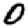
Digit: 0